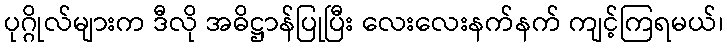
ပုဂ္ဂိုလ်များက ဒီလို အဓိဋ္ဌာန်ပြုပြီး လေးလေးနက်နက် ကျင့်ကြရမယ်၊